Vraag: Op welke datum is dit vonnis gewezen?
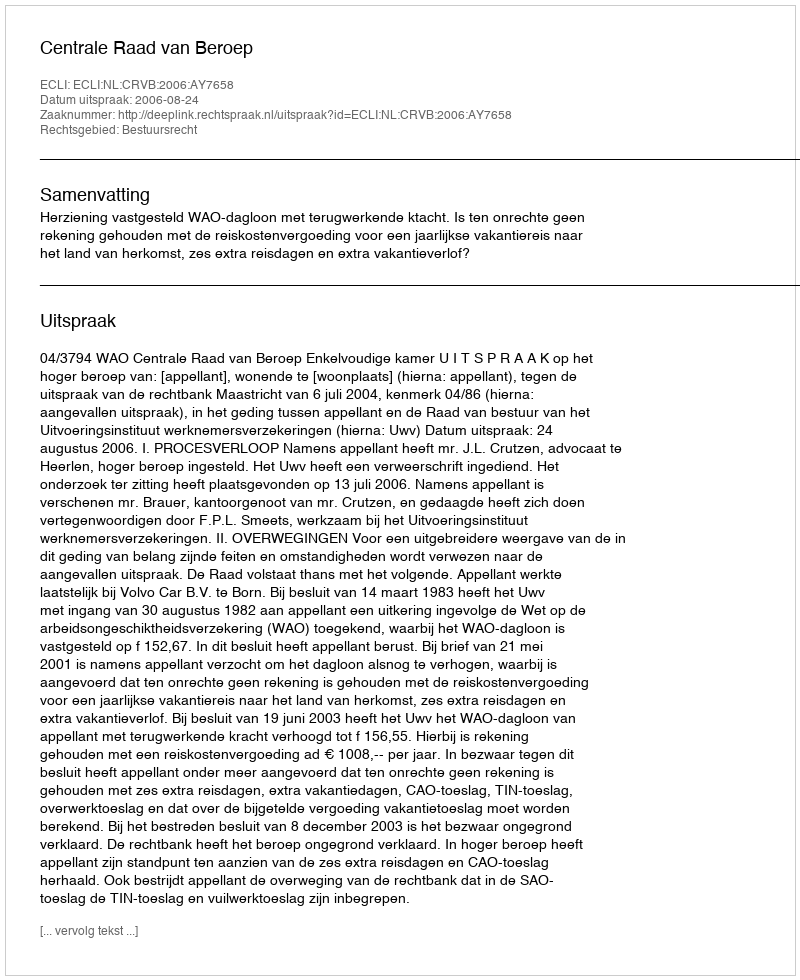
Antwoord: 2006-08-24